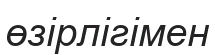
өзірлігімен